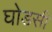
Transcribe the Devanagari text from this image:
घोडसी